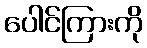
ပေါင်ကြားကို